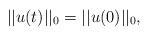
LaTeX: \begin{align*}||u(t)||_0=||u(0)||_0,\end{align*}